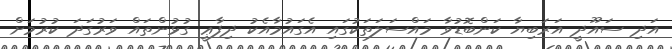
އަދި ސައޫދީ އަރަބިޔާ ކަންބޮޑުވާ މައްސަލަތަކުގައި އެގައުމާއެކު ދިފާޢީ ގުޅުންތައް ވަރުގަދަ ކުރުމަށް